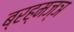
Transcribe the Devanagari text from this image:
ब्रह्मज्ञ